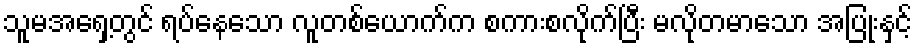
သူမအရှေ့တွင် ရပ်နေသော လူတစ်ယောက်က စကားစလိုက်ပြီး မလိုတမာသော အပြုံးနှင့်